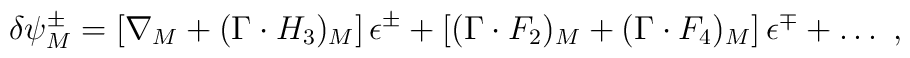
\delta \psi_M^\pm =   \left[\nabla_M + (\Gamma \cdot H_3)_M\right]\epsilon^\pm   + \left[(\Gamma \cdot F_2)_M      + (\Gamma \cdot F_4)_M\right]\epsilon^\mp + \ldots \ ,